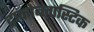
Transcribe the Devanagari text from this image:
ट्राफ़ोब्लास्टिक